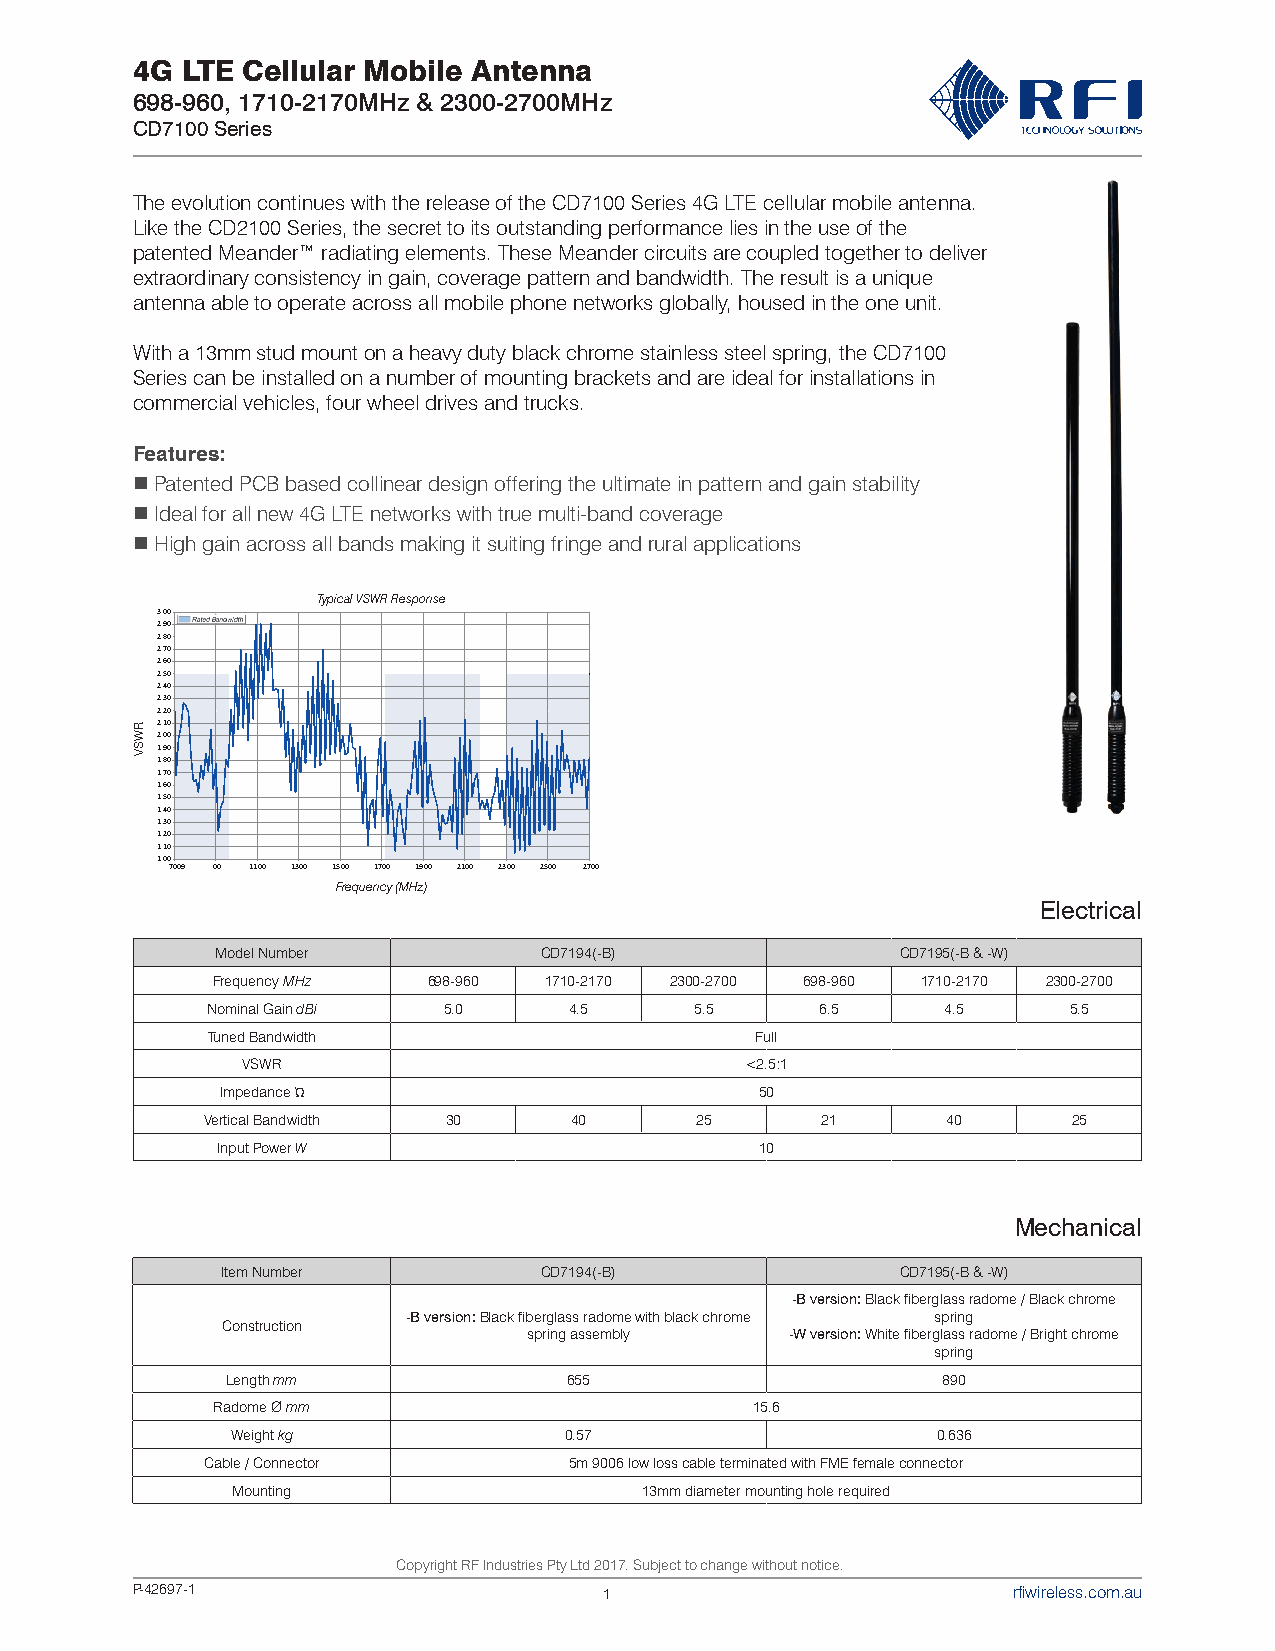
4G LTE Cellular Mobile Antenna
 698-960, 1710-2170MHz & 2300-2700MHz
 CD7100 Series
 The evolution continues with the release of the CD7100 Series 4G LTE cellular mobile antenna.
 Like the CD2100 Series, the secret to its outstanding performance lies in the use of the
 patented Meander™ radiating elements. These Meander circuits are coupled together to deliver
 extraordinary consistency in gain, coverage pattern and bandwidth. The result is a unique
 antenna able to operate across all mobile phone networks globally, housed in the one unit.
 With a 13mm stud mount on a heavy duty black chrome stainless steel spring, the CD7100
 Series can be installed on a number of mounting brackets and are ideal for installations in
 commercial vehicles, four wheel drives and trucks.
 Features:
 nPatented PCB based collinear design offering the ultimate in pattern and gain stability
 nIdeal for all new 4G LTE networks with true multi-band coverage
 nHigh gain across all bands making it suiting fringe and rural applications
 Typical VSWR Response
 3.00
 2.90
 2.80
 2.70
 2.60
 2.50
 2.40
 2.30
 2.20
 2.10
 2.00
 1.90
 1.80
 1.70
 1.60
 1.50
 1.40
 1.30
 1.20
 1.10
 1.00
 7009 00 1100 1300 1500 1700 1900 2100 2300 2500 2700
 Frequency (MHz)
 Electrical
 Model Number          CD7194(-B)              CD7195(-B & -W)
 Frequency MHz 698-960 1710-2170 2300-2700 698-960 1710-2170 2300-2700
 Nominal Gain dBi 5.0    4.5     5.5     6.5      4.5     5.5
 Tuned Bandwidth                     Full
 VSWR                             <2.5:1
 Impedance Ώ                        50
 Vertical Bandwidth 30   40      25      21       40      25
 Input Power W                       10
 Mechanical
 Item Number          CD7194(-B)              CD7195(-B & -W)
 -B version: Black fiberglass radome / Black chrome
 -B version: Black fiberglass radome with black chrome spring
 Construction
 spring assembly  -W version: White fiberglass radome / Bright chrome
 spring
 Length mm              655                     890
 Radome Ø mm                         15.6
 Weight kg             0.57                     0.636
 Cable / Connector       5m 9006 low loss cable terminated with FME female connector
 Mounting                   13mm diameter mounting hole required
 Copyright RF Industries Pty Ltd 2017. Subject to change without notice.
 P-42697-1                      1                          rfiwireless.com.au
 RWSV